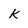
Character: K